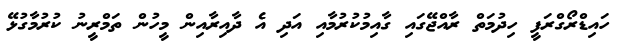
ހައިޑްރޯގްރަފީ ހިދުމަތް ރާއްޖޭގައި ގާއިމުކުރުމާއި އަދި އެ ދާއިރާއިން މީހުން ތަމްރީނު ކުރުމާގުޅޭ